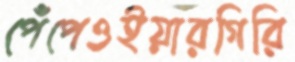
পেঁপেওইয়ারগিরি